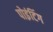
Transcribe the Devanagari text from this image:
पोइंटिंग